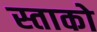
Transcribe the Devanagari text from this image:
स्ताको